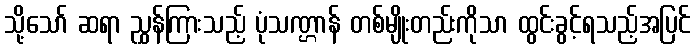
သို့သော် ဆရာ ညွှန်ကြားသည့် ပုံသဏ္ဌာန် တစ်မျိုးတည်းကိုသာ ထွင်းခွင့်ရသည့်အပြင်